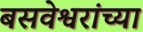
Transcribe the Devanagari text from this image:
बसवेश्वरांच्या